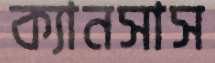
ক্যানসাস